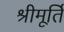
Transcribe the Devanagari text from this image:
श्रीमूर्ति